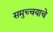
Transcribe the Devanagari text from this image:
समुच्चयाचे